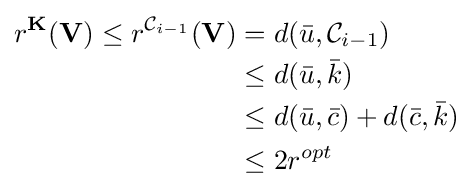
{\begin{aligned}r^{\mathbf {K} }(\mathbf {V} )\leq r^{{\mathcal {C}}_{i-1}}(\mathbf {V} )&=d({\bar {u}},{\mathcal {C}}_{i-1})\\&\leq d({\bar {u}},{\bar {k}})\\&\leq d({\bar {u}},{\bar {c}})+d({\bar {c}},{\bar {k}})\\&\leq 2r^{opt}\end{aligned}}